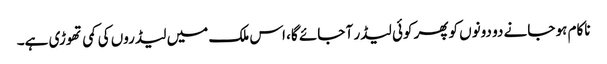
ناکام ہو جانے دو دونوں کوپھر کوئی لیڈر آ جائے گا، اس ملک میں لیڈروں کی کمی تھوڑی ہے۔